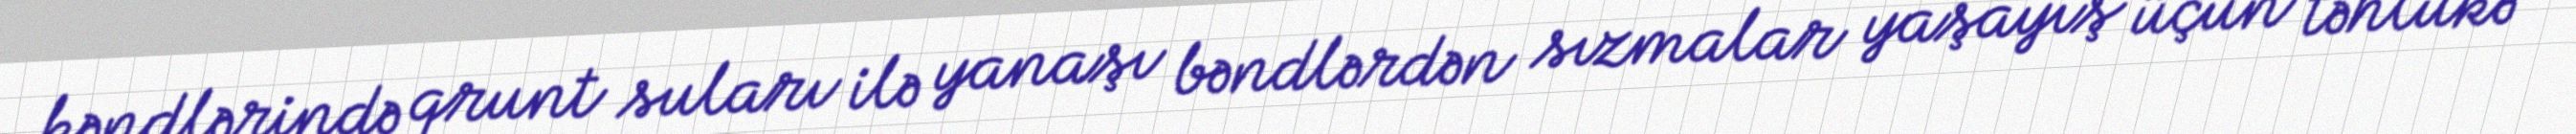
kəndlərində qrunt suları ilə yanaşı bəndlərdən sızmalar yaşayış üçün təhlükə